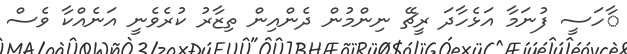
ާހަސީ ފުނަމާ އަޅެހާދަ ރީޗޭ ނިންމުން ދެންއިން ތިޒާރު ކުރެވެނީ އަނެއްކާ ވެސް